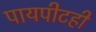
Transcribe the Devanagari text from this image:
पायपीटही